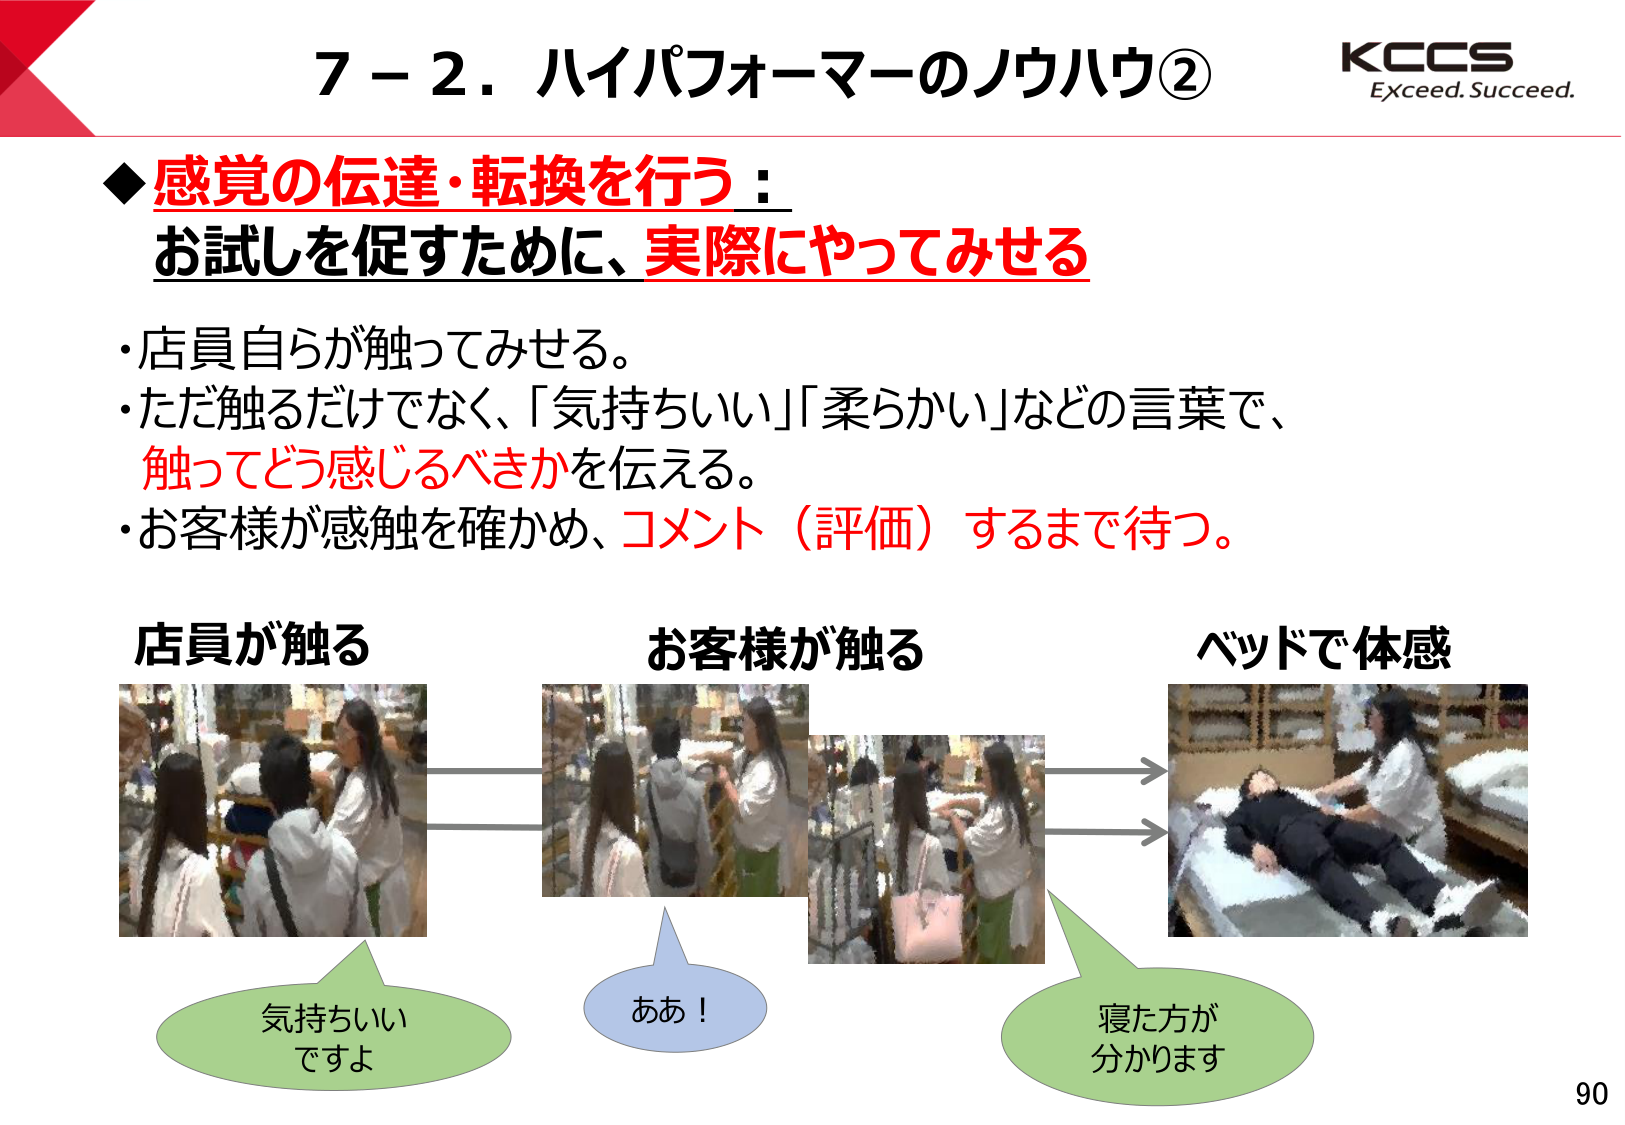
7－2．ハイパフォーマーのノウハウ②
KCCS
Exceed. Succeed.

◆感覚の伝達・転換を行う：
お試しを促すために、実際にやってみせる

・店員自らが触ってみせる。
・ただ触るだけではなく、「気持ちいい」「柔らかい」などの言葉で、
触ってどう感じるべきかを伝える。
・お客様が感触を確かめ、コメント（評価）するまで待つ。

店員が触る
お客様が触る
ベッドで体感

気持ちいい
ですよ

ああ！

寝た方が
分かります

90